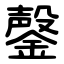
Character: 鏧